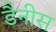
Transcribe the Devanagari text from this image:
डैनीस